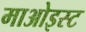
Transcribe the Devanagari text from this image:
माओइस्ट